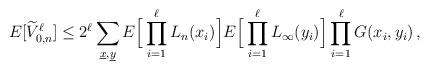
LaTeX: \begin{align*}E[\widetilde{V}_{0,n}^\ell] \le 2^\ell \sum_{\underline{x},\underline{y}} E\Big[ \prod_{i=1}^\ell L_n(x_i) \Big] E \Big[\prod_{i=1}^\ell L_\infty(y_i)\Big]\prod_{i=1}^\ell G(x_i,y_i) \,,\end{align*}